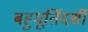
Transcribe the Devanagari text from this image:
बहुमूर्तिदर्शी